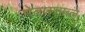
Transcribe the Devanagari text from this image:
मेतास्ताब्ले